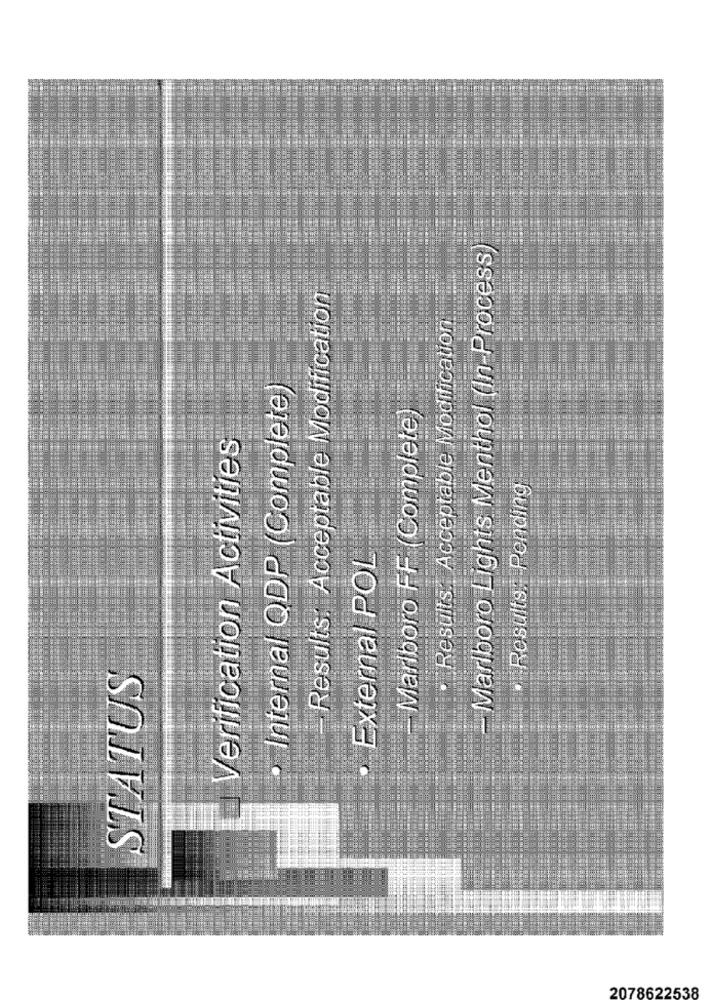
- Marlboro Lights Menthol (In-Process)
Results: Acceptable Modification
Results: Acceptable Modification
· Internal QDP (Complete
Marlboro FF (Complete)
Verification Activities
Results: Pending
External POL
STATUS
2078622538